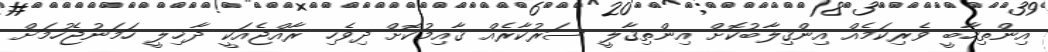
އިންތިހާބީ ވެރިކަމެއް އިންޤިލާބުކޮށް އިންތިޤާލީ ސަރުކާރެއް ޤާއިމުކޮށް ދިވެހި ރާއްޖެއަކީ ދާޚިލީ ހަމަނުޖެހުމަށް